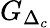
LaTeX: G_{\Delta_{c}}